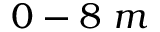
0 - 8 \ m